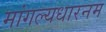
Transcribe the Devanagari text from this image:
मांगल्यधारनम